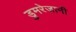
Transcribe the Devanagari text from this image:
डुमरेजानी